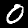
Digit: 0